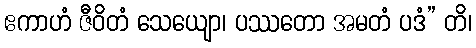
ဧကာဟံ ဇီဝိတံ သေယျော၊ ပဿတော အမတံ ပဒံ” တိ၊